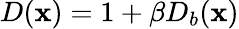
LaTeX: D(\mathbf{x})=1+\beta D_{b}(\mathbf{x})